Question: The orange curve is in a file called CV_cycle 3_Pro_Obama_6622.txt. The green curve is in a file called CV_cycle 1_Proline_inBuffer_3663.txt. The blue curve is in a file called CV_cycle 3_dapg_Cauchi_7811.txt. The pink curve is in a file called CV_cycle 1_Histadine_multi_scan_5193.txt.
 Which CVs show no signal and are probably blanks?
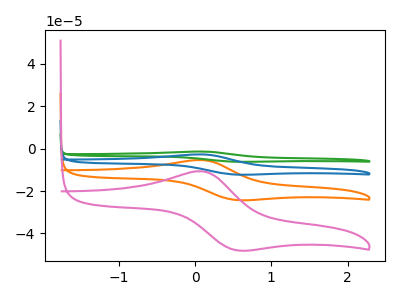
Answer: <think>The orange curve "Pro cycle 3" has an anodic peak at (0.10V, -5.40uA) and a cathodic peak at (0.55V, -24.25uA). The green curve "Proline cycle 1" has an anodic peak at (0.10V, -16.25uA) and a cathodic peak at (0.55V, -72.75uA). The blue curve "dapg cycle 3" has an anodic peak at (0.10V, -10.85uA) and a cathodic peak at (0.55V, -48.50uA). The pink curve "Histadine cycle 1" has an anodic peak at (0.10V, -10.70uA) and a cathodic peak at (0.55V, -47.90uA).</think>
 <answer>There are not any CV's on this graph that are likely to be blanks.</answer>
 <eval>none</eval>